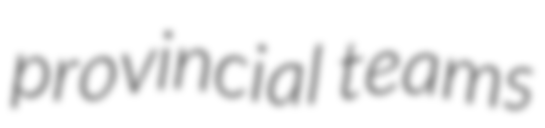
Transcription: provincial teams